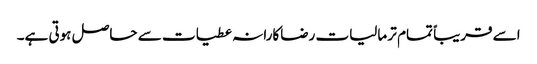
اسے قریباً تمام تر مالیات رضاکارانہ عطیات سے حاصل ہوتی ہے۔